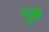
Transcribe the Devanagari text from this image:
सुक्क